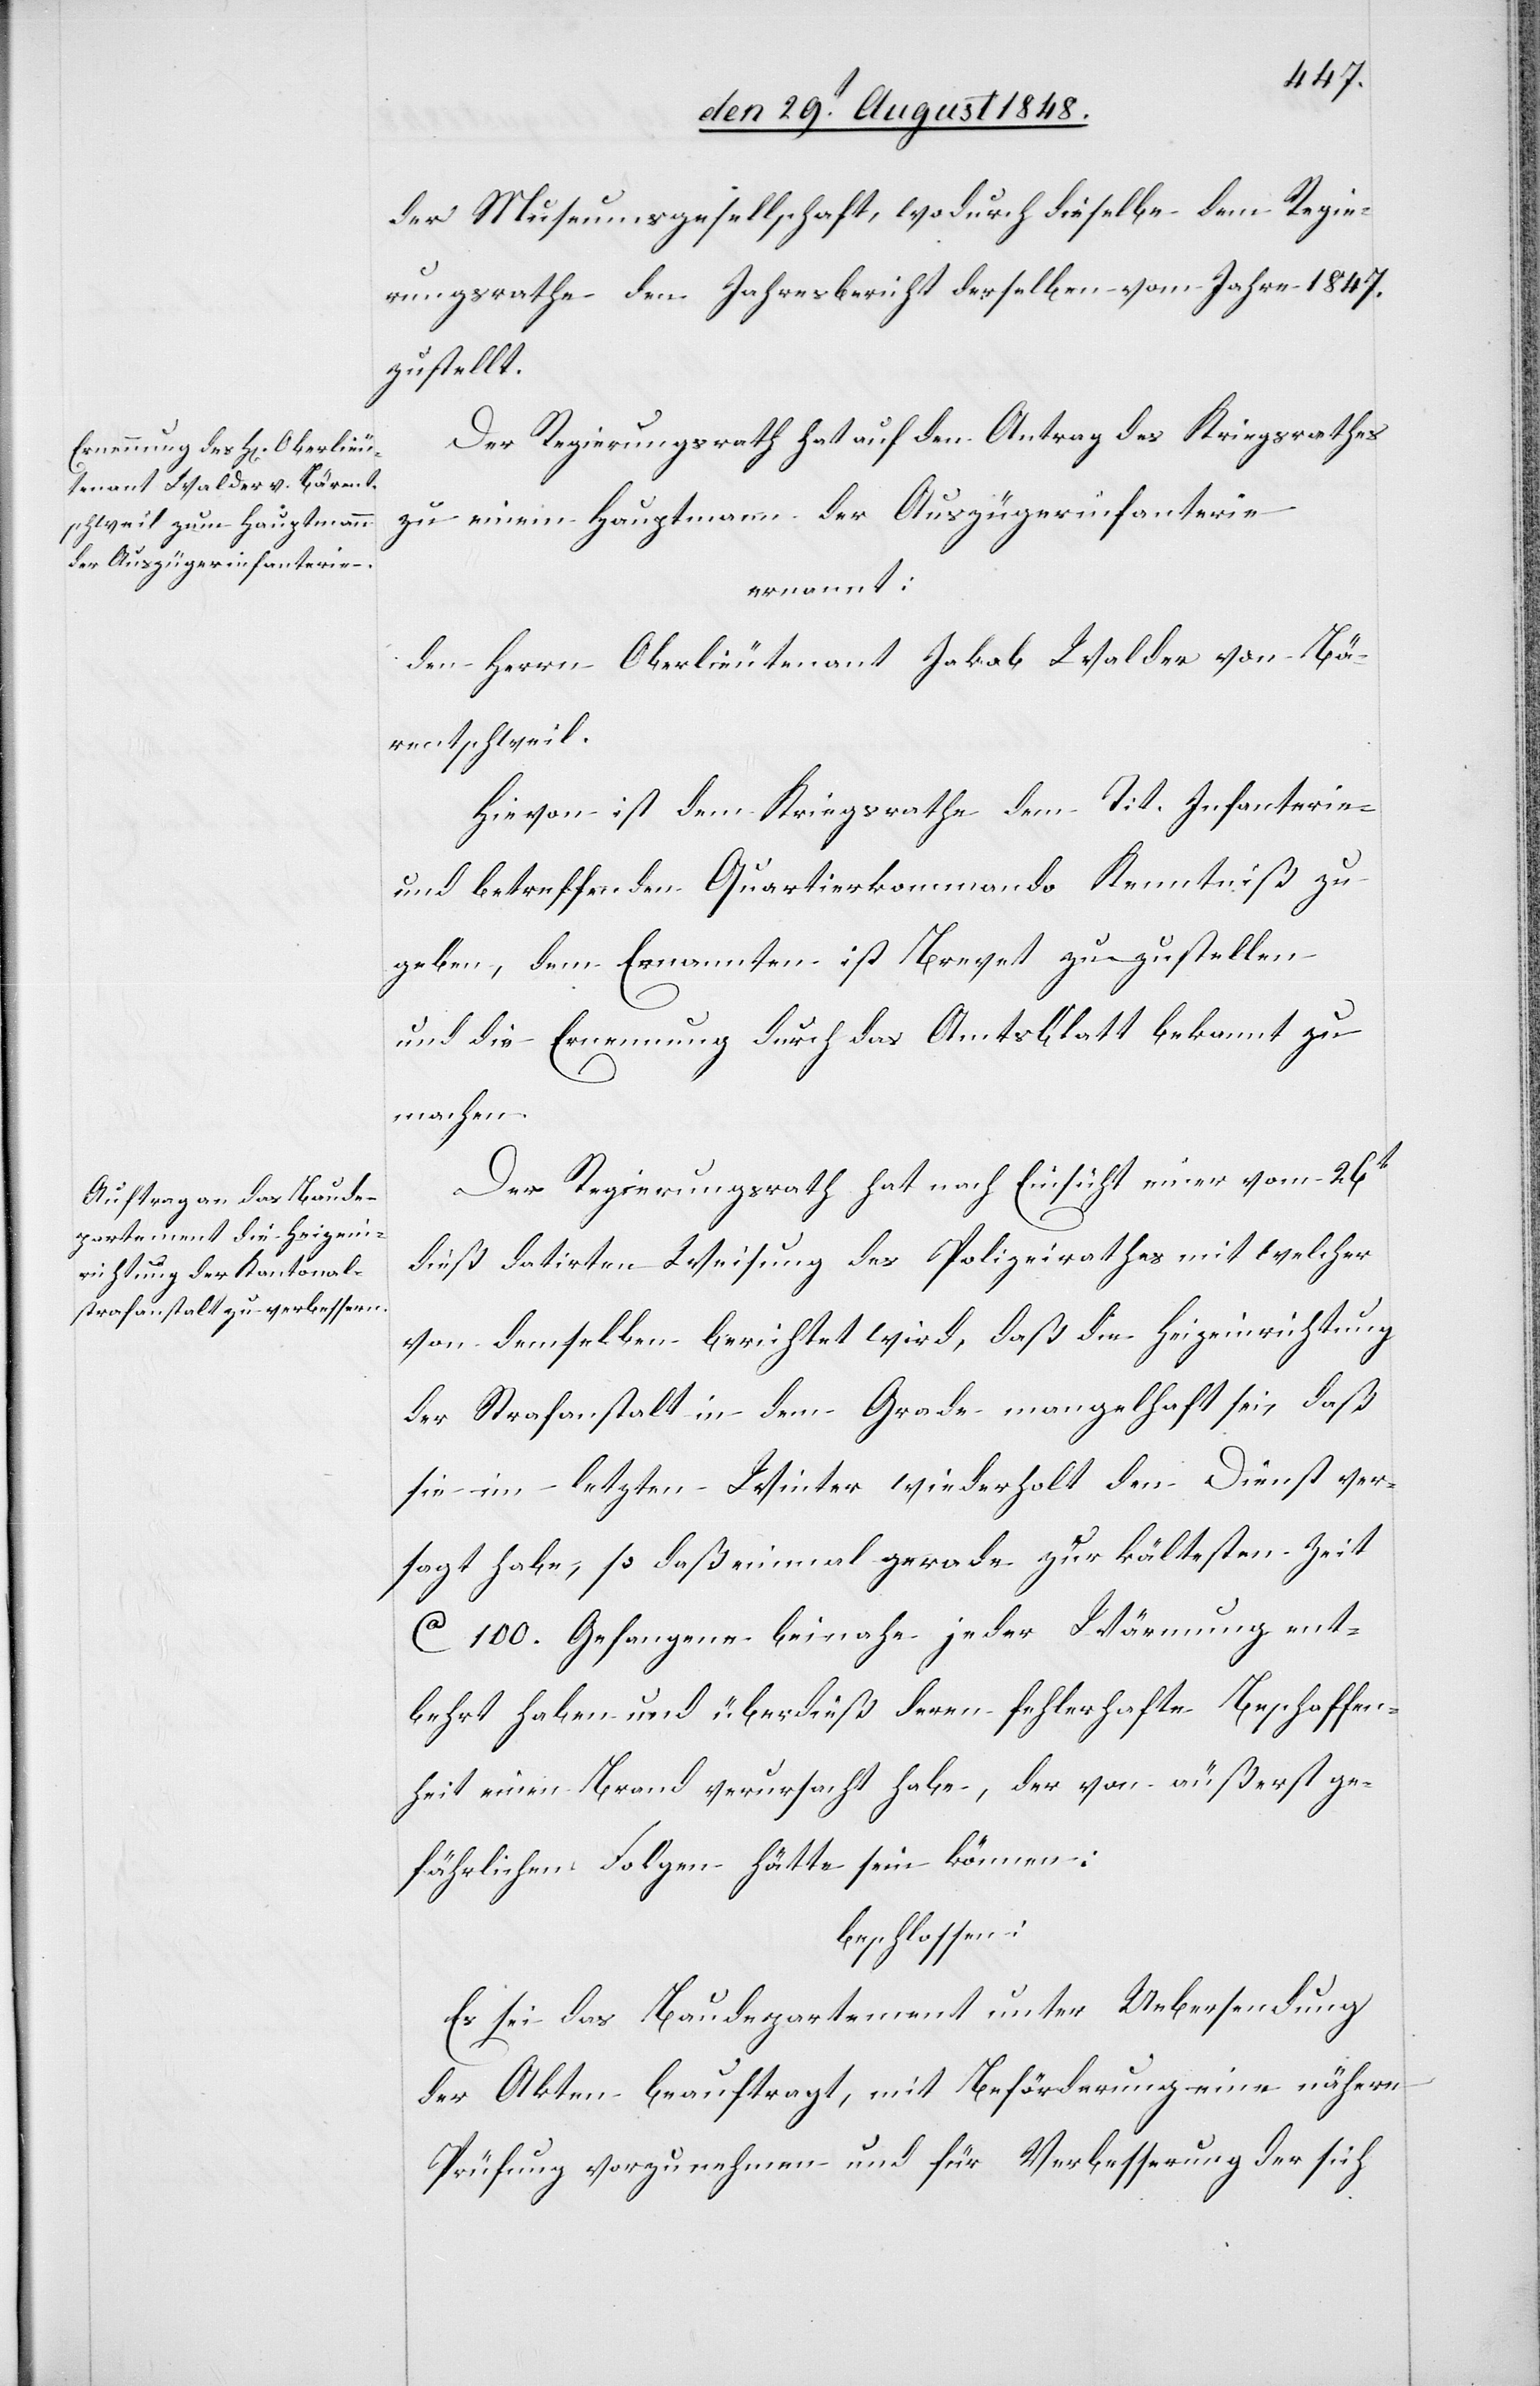
der Musterungsgesellschaft, wodurch dieselbe dem Regie¬
rungsrathe den Jahresbericht derselben vom Jahre 1847.
zustellt.
Der Regierungsrath hat auf den Antrag des Kriegsrathes
zu einem Hauptmann der Auszügerinfanterie
ernannt:
den Herrn Oberlieutenant Jakob Walder von Bä¬
rentschweil.
Hievon ist dem Kriegsrathe dem Tit. Infanterie-
und betreffenden Quartierkommando Kenntniß zu
geben, dem Ernannten ist [ein] Brevet zuzustellen
und die Ernennung durch das Amtsblatt bekannt zu
machen.
Der Regierungsrath hat nach Einsicht einer vom 26t
dieß datirten Weisung des Polizeirathes mit welcher
von demselben berichtet wird, daß die Heizeinrichtung
der Strafanstalt in dem Grade mangelhaft sei, daß
sie im letzten Winter wiederholt den Dienst ver¬
sagt habe, so daß einmal gerade zu kältesten Zeit
ca. 100. Gefangene beinahe jeder Wärmung ent¬
behrt haben und überdieß deren fehlerhafte Beschaffen¬
heit einen Brand verursacht habe, der von äußerst ge¬
fährlichen Folgen hätte sein können:
beschlossen:
Es sei das Baudepartement unter Uebersendung
der Akten beauftragt, mit Beförderung eine nähere
Prüfung vorzunehmen und für Verbesserung der sich